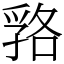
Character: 嗠